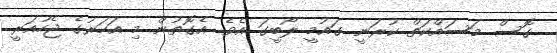
ގޮސް މަސައްކަތް ކުރަނީ ގައުމީ ލޯބީގަ އެވެ. އެގޮތުން މި އަހަރުގެ ޖެހުއަރީ